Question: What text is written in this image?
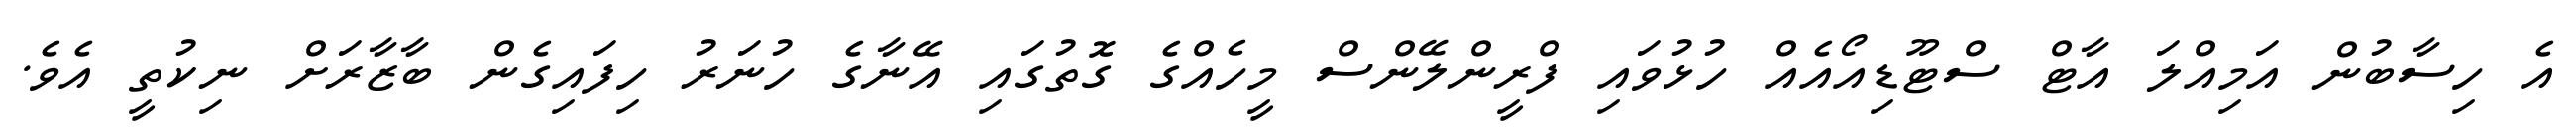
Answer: އެ ހިސާބުން އަމިއްލަ އާޓް ސްޓޫޑިއޯއެއް ހުޅުވައި ފްރީންލޭންސް މީހެއްގެ ގޮތުގައި އޭނާގެ ހުނަރު ހިފައިގެން ބާޒާރަށް ނިކުތީ އެވެ.